Annual administration report of the Civil Veterinary Department of India - 1895-1896
Year: 1895
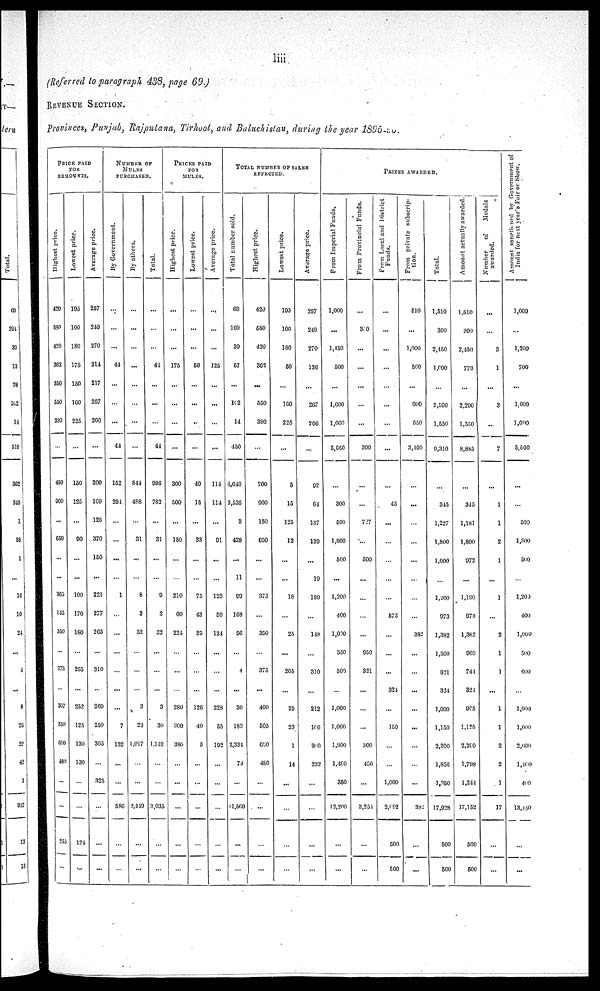
liii
(Referred to paragraph 438, page 69.)
REVENUE SECTION.
Provinces, Punjab, Rajpulana, Tirhoot, and Baluchislan, during the year 1895-90
PRICE PAID
FOR
REMUNTS.
Highest price....
420
580
420
362
350
550
380
...
450
900
...
650
...
...
365
115
350
...
375
...
307
350
600
480
...
...
253
...
Lowest price.
195
100
180
175
150
160
225
...
150
125
...
90
...
...
100
170
180
...
205
...
252
125
130
130
...
...
124
...
Average price.
257
249
270
214
217
267
266
...
200
100
125
370
150
...
221
277
265
...
310
...
269
259
365
...
325
...
...
...
NUMBER OF
MULES
PURCHASED
By Government.
...
...
...
44
...
...
...
44
152
294
...
...
...
...
1
...
...
...
...
...
...
7
132
...
...
586
...
...
By others.
...
...
...
...
...
...
...
...
844
488
...
31
...
...
8
3
32
...
...
...
3
23
1,017
...
...
2,449
...
...
Total.
...
...
...
44
...
...
...
44
996
782
31
...
...
9
3
32
...
...
...
3
30
1,149
...
...
3,035
...
...
PRICES PAID
FOR
MULES
Highest price.
...
...
...
175
...
...
...
...
300
500
...
150
...
...
210
60
224
...
...
...
280
300
380
...
...
...
...
...
Lowest price.
...
...
...
50
...
...
...
...
40
15
33
...
...
75
43
25
...
...
...
126
40
5
...
...
...
...
...
Average price.
...
...
...
125
...
...
114
114
91
...
...
123
50
124
...
...
...
228
55
192
...
...
...
...
...
TOTAL NUMBER OF SALES
EFFECTED
Total number sold.
69
169
39
57
...
162
14
450
4,640
3,535
3
438
...
11
99
168
56
...
4
...
30
183
2,334
73
...
11,569
...
...
Highest price.
420
580
420
362
...
550
380
...
700
900
150
650
...
...
375
...
350
...
375
...
400
505
690
480
...
...
...
...
Lowest price.
195
100
180
50
...
160
225
...
5
15
125
12
...
...
18
...
25
...
265
...
25
23
1
14
...
...
...
...
Average price.
257
249
270
136
...
267
260
92
64
137
139
...
19
189
...
148
...
310
...
212
106
300
232
...
...
... ...
...
PRIZES AWARDED
From
Imperial Funds.
1,000
...
1,450
500
...
1,600
1,000
5,550
...
300
500
1,800
500
...
1,200
400
1,000
350
500
...
1,000
1,000
1,900
1,400
350
12,200
...
...
From Provincial Funds.
...
300
...
...
...
...
...
300
...
...
727
...
500
...
...
...
...
950
321
...
...
...
300
456
...
3,251
...
...
From Local and District
Funds.
...
...
...
...
...
...
...
...
...
45
...
...
...
...
...
573
...
...
...
324
...
150
...
...
1,000
2,692
500
500
From private subscrip-
tion.
510
...
1,000
500
...
900
550
3,400
...
...
...
...
...
...
...
...
382
...
...
...
...
...
...
...
...
382
...
...
Total.
1,510
300
2,450
1,000
...
2,500
1,550
9,310
...
345
1,227
1,800
1,000
...
1,200
973
1,382
1,300
821
324
1,000
1,150
2,200
1,856
1,350
17,928
500
500
Amount actually awarded.
1,510
300
2,450
779
...
2,296
1,550
8,885
...
345
1,181
1,800
972
...
1,190
973
1,382
969
744
321
965
1,125
2,200
1,798
1,244
17,152
500
500
Number
of
Medals
awarded.
...
...
3
1
...
3
...
7
...
1
1
2
1
...
1
...
2
1
1
...
1
1
2
2
1
17
...
...
Amount sanctioned
by Government of
India for next year's Fair or Show.
1,000
...
1,200
700
...
1,600
1,000
5,500
...
...
500
1,500
500
1,200
400
1,000
500
600
...
1,000
1,000
2,000
1,400
400
13,150
...
...